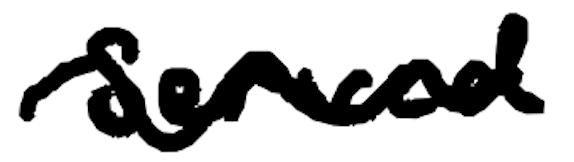
Text: served
Cross-out: mix
Writing tool: digital_black